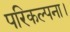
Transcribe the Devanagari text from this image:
परिकल्पना।